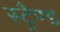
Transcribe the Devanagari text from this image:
स्ट्रैण्ड